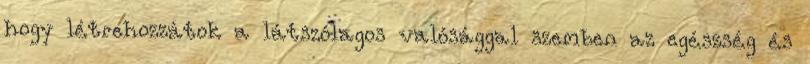
hogy létrehozzátok a látszólagos valósággal szemben az egészség és